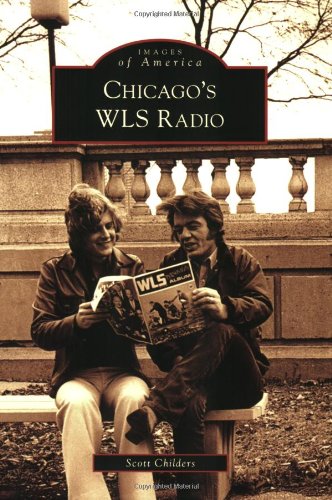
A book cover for Chicago's WLS Radio (Images of America: Illinois); Scott Childers; Humor & Entertainment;